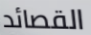
القصائد